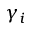
\gamma _ { i }